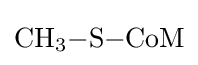
{\ce {CH3-S-CoM}}